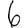
Digit: 6